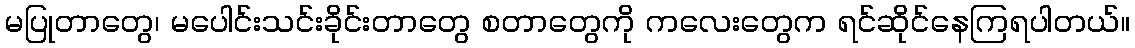
မပြုတာတွေ၊ မပေါင်းသင်းခိုင်းတာတွေ စတာတွေကို ကလေးတွေက ရင်ဆိုင်နေကြရပါတယ်။